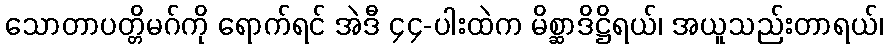
သောတာပတ္တိမဂ်ကို ရောက်ရင် အဲဒီ ၄၄-ပါးထဲက မိစ္ဆာဒိဋ္ဌိရယ်၊ အယူသည်းတာရယ်၊